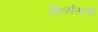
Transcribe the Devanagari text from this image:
विर्व्यसनी